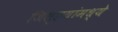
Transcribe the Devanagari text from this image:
जिल्हयांमध्ये